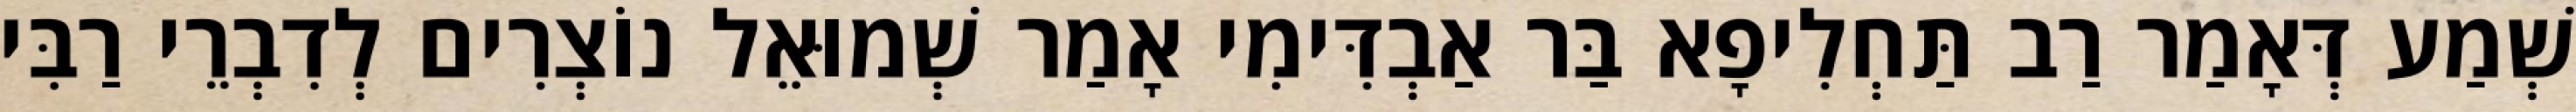
שְׁמַע דְּאָמַר רַב תַּחְלִיפָא בַּר אַבְדִּימִי אָמַר שְׁמוּאֵל נוֹצְרִים לְדִבְרֵי רַבִּי